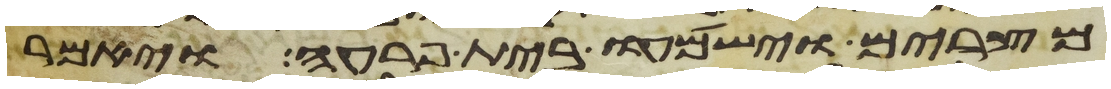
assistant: מצרים וישמעו בית פרעה ויאמר